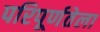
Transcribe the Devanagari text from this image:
परिपूर्णतेला